Report on malaria in the Punjab during the year ...  together with an account of the work of the Punjab Malaria Bureau - Volume 3
Disease focus: Malaria
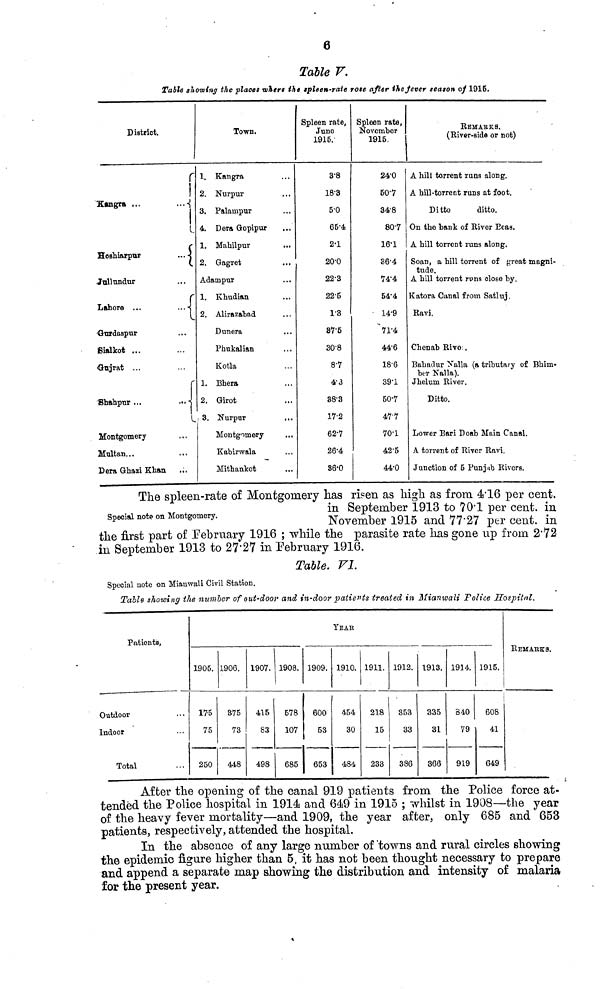
6
Table V.
Table showing the places where the spleen-rate rose after the fever season of 1915.
District.
Kangra
...
...
Hoshiarpur
...
Jullundur
Lahore ...
...
Gurdaspur
Sialkot ...
Gujrat ...
Shahpur ...
Montgomery
Multan...
Dera Ghazi Khan
Town.
1. Kangra
2. Nurpur
3. Palampur
4. Dera Gopipur
1. Mahilpur
2. Gagret
Adainpur
1. Kbudian
2. Alirazabad
Dunera
Phukalian
Kotla
1. Bhera
2. Girot
3. Nurpur
...
Montgomery
Kabirwala
Mithankot
Spleen rate,
June
1916.
3.8
18.3
5.0
66.4
2.1
20.0
22.3
22.5
1.3
87.5
30.8
8.7
4.3
38.3
17.2
62.7
26.4
86.0
Spleen rate,
November
1915.
24.0
50.7
34.8
80.7
16.1
36.4
74.4
54.4
14.9
71.4
44.6
18.6
39.1
50.7
477
70.1
42.5
44.0
REMARKS.
(River-side or not)
A hilt torrent rum along.
A hill-torrent runs at foot.
Ditto
ditto.
On the bank of Hiver Peas.
A hill torrent runs along.
Soan, a hill torrent of great magni-
tude.
A hill torrent runs close by.
Katora Canal from Satluj.
Ravi.
Chenab Rivo .
Bahadur Nalla (a tributary of Bhim-
ber Kalla).
Jheluin River.
Ditto.
Lower Bari Doab Main Canal.
A torrent of River Ravi.
Junction of 5 Punjab Rivers.
Special note on Montgomery.
The spleen-rate of Montgomery has risen as high as from. 4.16 per cent.
in September 1913 to 70.1 per cent, in
November 1915 and 77'27 per cent, in
the first part of February 1916 ; while the parasite rate has gone up from 2'72
in September 1913 to 27.27 in February 1916.
Table. VI.
Special note on Mianwali Civil Station.
Table showing the number of out-door and in-door patients treated in Mianwali Police Hospital,
Patients,
Outdoor
Indoor
Total
YEAR
1905.
175
75
250
1906.
875
73
448
1907.
415
83
498
1908.
578
107
685
1909.
600
53
653
1910.
454
30
484
1911.
218
15
233
1912.
353
33
386
1913.
335
31
366
1914.
840
79
919
1915.
608
41
649
REMARKS.
After the opening of the canal 919 patients from the Police force at-
tended the Police hospital in 1914 and 649 in 1915 ; whilst in 1908—the year
of the heavy fever mortality—and 1909, the year after, only 685 and 653
patients, respectively, attended the hospital.
In the absence of any large number of 'towns and rural circles showing
the epidemic figure higher than 5, it has not been thought necessary to prepare
and append a separate map showing the distribution and intensity of malaria
for the present year.